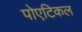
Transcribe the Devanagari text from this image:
पोएटिकल